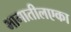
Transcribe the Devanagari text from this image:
भागातीलएका